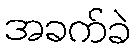
အခက်ခဲ